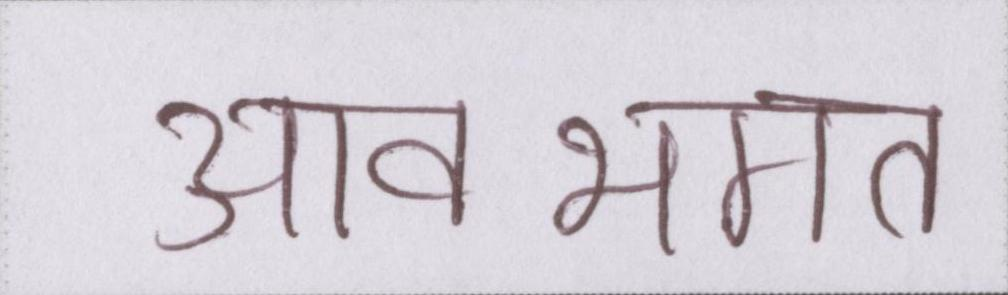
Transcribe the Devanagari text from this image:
आवभगत